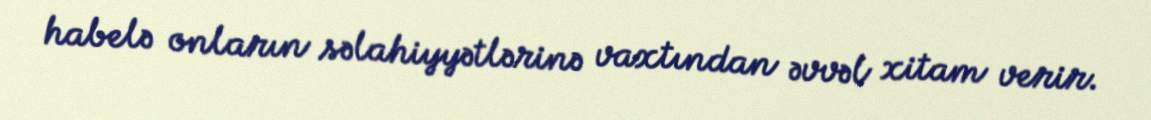
habelə onların səlahiyyətlərinə vaxtından əvvəl xitam verir.